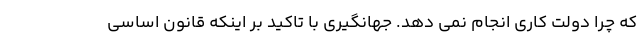
که چرا دولت کاری انجام نمی دهد. جهانگیری با تاکید بر اینکه قانون اساسی